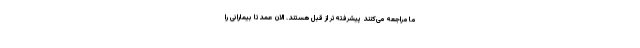
ما مراجعه می‌کنند پیشرفته‌تر از قبل هستند. الان عمدتا بیمارانی را